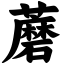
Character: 蘑